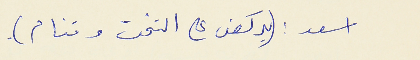
اسعد : (يركض على التخت وتنام).